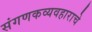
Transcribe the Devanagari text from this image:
संगणकव्यवहाराचे